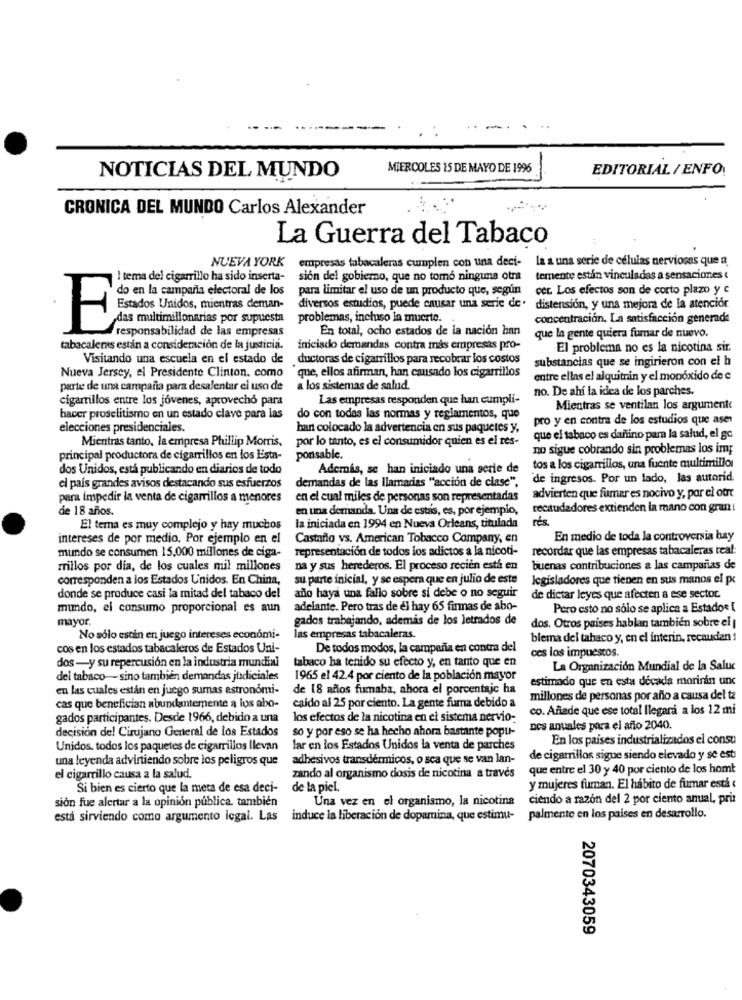
. ..
MIERCOLES 15 DE MAYO DE 1996
EDITORIAL / ENFO:
NOTICIAS DEL MUNDO
CRONICA DEL MUNDO Carlos Alexander
La Guerra del Tabaco
empresas tabacaleras cumplen con una deci- la a una serie de células nerviosas que a
NUEVA YORK
I tema del cigarrillo ha sido inserta-
sión del gobierno, que no tomó ninguna otra
temente estin vinculadas a sensaciones {
do en la campaña electoral de los
para limitar el uso de un producto que, según
cet. Los efectos son de corto plazo y c
diversos estudios, puede causar una serie de. distensión, y una mejora de la atenciór
das multimillonarias por supuesta
problemas, incluso la muerte.
concentración. La satisfacción generade
Unidos, mientras dersan-
responsabilidad de las empresas
En total, ocho estados de la nación han
que la gente quiera fumar de nuevo.
tabacaleras estan a consideración de la justicia.
iniciado demandas contra más empresas pro-
El problema no es la nicotina sir.
Visitando una escuela en el estado de
ductoras de cigarrillos para recobrar los costos
substancias que se ingirieron con el h
Nueva Jersey, el Presidente Clinton, como
que, ellos afirman, han causado los cigarrillos
entre ellas el alquitrin y el monóxido de e
parte de una campaña para desalentar el uso de
a los sistemas de salud.
no. De ahí la idea de los parches.
cigarrillos entre los jóvenes, aprovecho para
Las empresas responden que han cumpli-
Mientras se ventilan los argument
hacer proselitismo en un estado clave para las
do con todas las normas y reglamentos, que
pro y en contra de los estudios que ase
elecciones presidenciales.
han colocado la advertencia en sus paquetes y,
Mientras tanto, la empresa Phillip Morris,
por lo tanto, es el consumidor quien es el res-
que el tabaco es dañino para la salud, el go
no sigue cobrando sin problemas los im;
principal productora de cigarrillos en los Esta-
ponsable.
dos Unidos, está publicando en diarios de todo
Además, se han iniciado una serie de
tos a los cigarrillos, una fuente multimillor
demandas de las llamadas ""acción de clase",
de ingresos. Por un lado, las autorid:
el país grandes avisos destacando sus esfuerzos
para impedir la venta de cigarrillos a menores
en el cual miles de personas son representadas
advierten que fumar es nocivo y, por el ofre
de 18 años.
en una demanda. Una de estas, es, por ejemplo,
recaudadores extienden la mano con gran :
rts.
El tema es muy complejo y hay muchos
la iniciada en 1994 en Nueva Orleans, titulada
intereses de por medio. Por ejemplo en el
Castaño vs. American Tobacco Company, en
En medio de toda la controversia hay
representación de todos los adictos a la nicoti-
recordar que las empresas tabacaleras real:
mundo se consumen 15,000 millones de ciga-
rillos por dia, de los cuales mil millones
na y sus herederos. El proceso recien está en
buenas contribuciones a las campañas de
corresponden a los Estados Unidos. En China,
su parte inicial, y se espera que en julio de este
legisladores que tienen en sus manos el pc
donde se produce casi la mitad del tabaco del
ano haya una fallo sobre si debe o no seguir
de dictar leyes que afecten a ese sector.
mundo, el consumo proporcional es aun
adelante. Pero tras de el hay 65 firmas de abo-
Pero esto no sólo se aplica a Estados [
mayor.
gados trabajando, además de los letrados de
dos. Otros paises hablan tambien sobre el |
No sólo están en juego intereses economi-
las empresas tabacaleras.
blema del tabaco y, en el interin, recaudan !
cos en los estados tabacaleros de Estados Uni-
De todos modos, la campaña en contra del
ces los impuestos.
dos-y su repercusión en la industria mundial
tabaco ha tenido su efecto y, en tanto que en
La Organización Mundial de la Saluc
del tabaco - sino tambien demandas judiciales
1965 el 42.4 por ciento de la población mayor
estimado que en esta década morirán unc
en las cuales están en juego sumas astronomi-
de 18 años fumaba, ahora el porcentaje ha
millones de personas por año a causa del te
cas que benefician abundantemente a los abo-
caldo al 25 por ciento. La gente fuma debido a
co. Añade que ese total llegara a los 12 mi
gados participantes. Desde 1966, debido a una
los efectos de la nicotina en el sistema nervio-
decisión del Cirujano Gerteral de los Estados
so y por eso se ha hecho ahora bastante popu-
Des anuales para el año 2040.
En los paises industrializados el consu
Unidos, todos los paquetes de cigarrillos llevan
lar en los Estados Unidos la venta de parches
una leyenda advirtiendo sobre los peligros que
adhesivos transdérmicos, o sea que se van lan-
de cigarrillos sigue siendo elevado y se esti
zando al organismo dosis de nicotina a través
que entre el 30 y 40 por ciento de los homt
el cigarrillo causa a la salud.
Si bien es cierto que la meta de esa deci-
de la piel.
y mujeres fuman. El hábito de fumar está ‹
sión fue alertar a la opinión pública. también
Una vez en el organismo, la nicotina
ciendo a razón del 2 por ciento anual, pri
está sirviendo como argumento legal. Las induce la liberación de dopamina, que estimu-
palmente en los paises en desarrollo.
2070343059